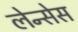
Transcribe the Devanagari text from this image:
लेन्सेस